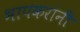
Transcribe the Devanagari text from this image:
भापकरांनी